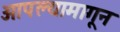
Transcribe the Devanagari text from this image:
आपल्यामागून